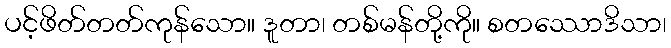
ပင့်ဖိတ်တတ်ကုန်သော။ ဒူတာ၊ တစ်မန်တို့ကို။ စတဿောဒိသာ၊